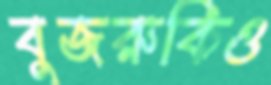
বুজরুকিও